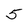
Character: 5